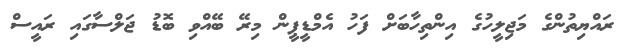
ރައްޔިތުންގެ މަޖިލީހުގެ އިންތިހާބަށް ފަހު އެމްޑީޕީން މިރޭ ބޭއްވި ބޮޑު ޖަލްސާގައި ރައީސް